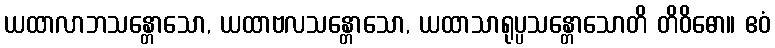
ယထာလာဘသန္တောသော, ယထာဗလသန္တောသော, ယထာသာရုပ္ပသန္တောသောတိ တိဝိဓော။ ဧဝံ